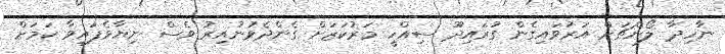
ނާހިދާ ލޯންޗަށް އަރުވައިގެން ގުރައިދޫ ސިއްހީ މަރުކަޒަށް ގެންދެވުނުއިރު ވެސް ނިޔާވެފައިވާ ކަމަށް